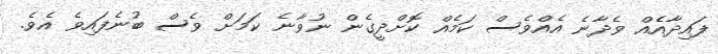
ފައިދާއެއް ވެދާނެ އެއްވެސް ކަމެއް ކޮށްދީގެން ނުވާނެ ކަމަށް ވެސް ބުނެފައިވެ އެވެ.